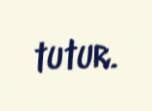
tutur.